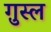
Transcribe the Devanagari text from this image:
गु़स्ल